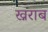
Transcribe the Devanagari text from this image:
ख्नराब